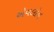
એવલોન